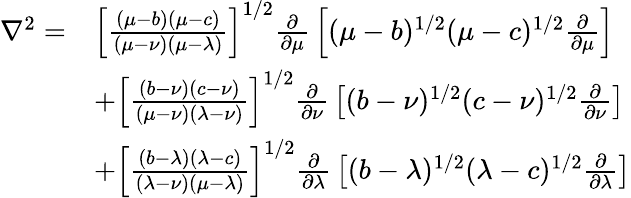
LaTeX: {\begin{array}{rl}{\nabla^{2}=}&{\left[{\frac{\left(\mu-b\right)\left(\mu-c\right)}{\left(\mu-\nu\right)\left(\mu-\lambda\right)}}\right]^{1/2}{\frac{\partial}{\partial\mu}}\left[(\mu-b)^{1/2}(\mu-c)^{1/2}{\frac{\partial}{\partial\mu}}\right]}\\ &{+\left[{\frac{\left(b-\nu\right)\left(c-\nu\right)}{\left(\mu-\nu\right)\left(\lambda-\nu\right)}}\right]^{1/2}{\frac{\partial}{\partial\nu}}\left[(b-\nu)^{1/2}(c-\nu)^{1/2}{\frac{\partial}{\partial\nu}}\right]}\\ &{+\left[{\frac{\left(b-\lambda\right)\left(\lambda-c\right)}{\left(\lambda-\nu\right)\left(\mu-\lambda\right)}}\right]^{1/2}{\frac{\partial}{\partial\lambda}}\left[(b-\lambda)^{1/2}(\lambda-c)^{1/2}{\frac{\partial}{\partial\lambda}}\right]}\end{array}}